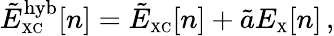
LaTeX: \tilde{E}_{\scriptscriptstyle\mathrm{XC}}^{\mathrm{hyb}}[n]=\tilde{E}_{\scriptscriptstyle\mathrm{XC}}[n]+\tilde{a}E_{\scriptscriptstyle\mathrm{X}}[n]\, ,